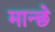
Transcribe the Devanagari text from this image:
मान्छे